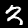
Digit: 3